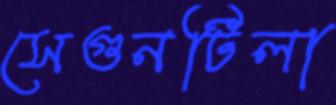
সেগুনটিলা